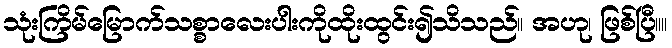
သုံးကြိမ်မြောက်သစ္စာလေးပါးကိုထိုးထွင်း၍သိသည်။ အဟု၊ ဖြစ်ပြီ။။